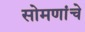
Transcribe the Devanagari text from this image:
सोमणांचे